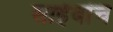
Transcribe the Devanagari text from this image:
साहेबांच